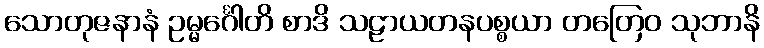
သောတုဇနာနံ ဥမ္မင်္ဂေါတိ စာဒိ သဠာယတနပစ္စယာ တတြေဝ သုဘာနိ